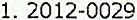
1. 2012-0029